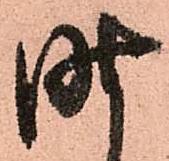
昨